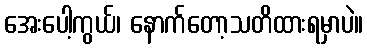
အေးပေါ့ကွယ်၊ နောက်တော့သတိထားရမှာပဲ။